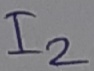
Text: I2